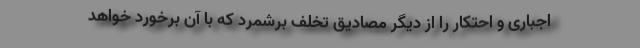
اجباری و احتکار را از دیگر مصادیق تخلف برشمرد که با آن برخورد خواهد